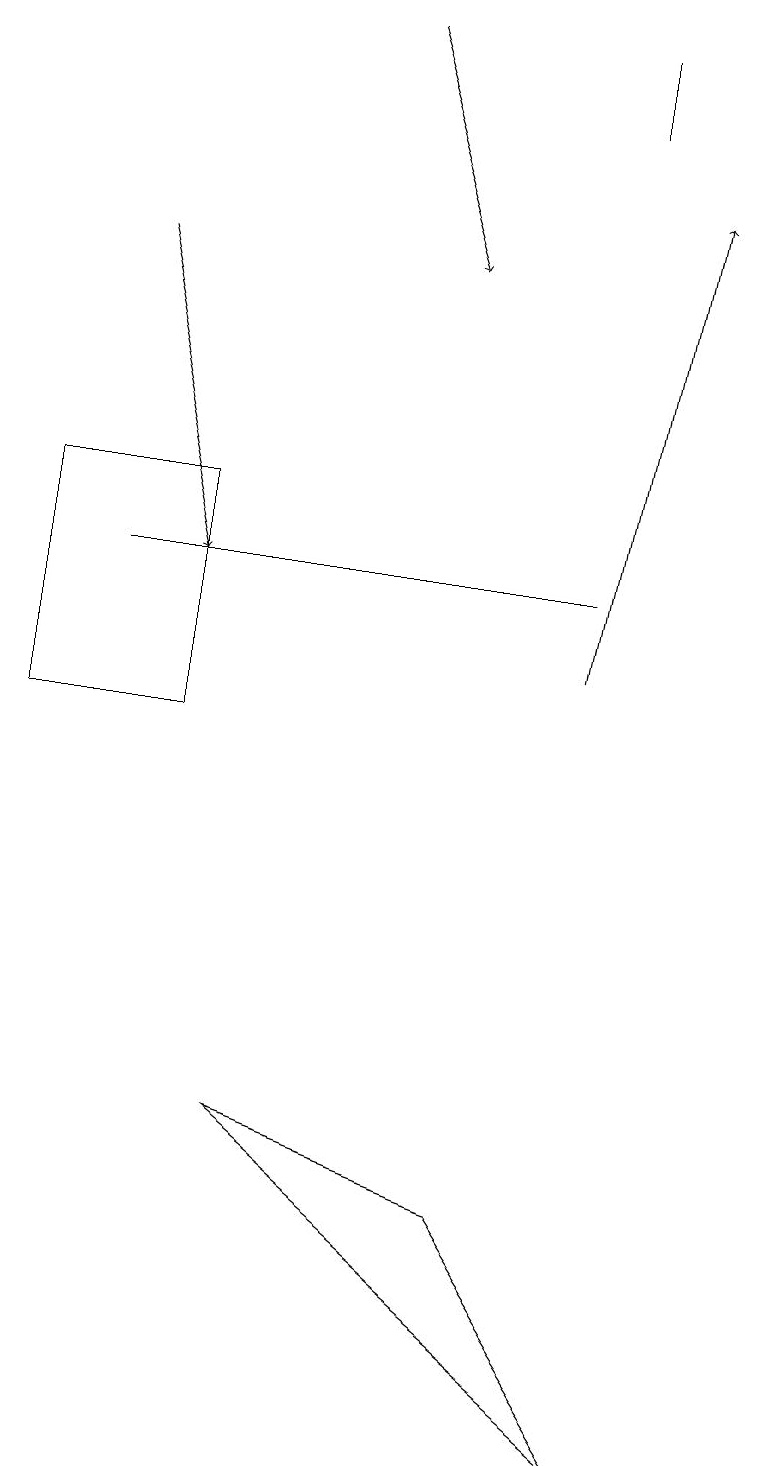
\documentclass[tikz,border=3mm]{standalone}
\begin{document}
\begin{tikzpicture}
\draw (1,13) rectangle (3,10);
\draw (10,11) circle (0);
\draw[->] (2,16) -- (3,12);
\draw (9,1) -- (4,5) -- (7,4) -- cycle;
\draw[->] (8,11) -- (9,17);
\draw (8,12) rectangle (2,12);
\draw (8,18) rectangle (8,19);
\draw[->] (5,19) -- (6,16);
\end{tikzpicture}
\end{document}